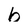
Character: b